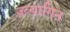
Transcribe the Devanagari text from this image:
ज़्व्यागिन